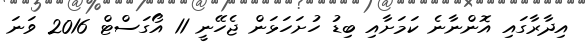
އިދާރާގައި އޮންނާނެ ކަމަށާއި ބިޑު ހުށަހަޅަން ޖެހޭނީ 11 އޯގަސްޓް 2016 ވަނަ